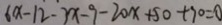
6 x - 1 2 - 3 x - 9 - 2 0 x + 5 0 + 9 0 = 0